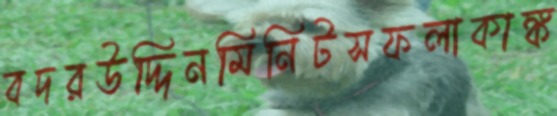
বদরউদ্দিনমিনিটসফলাকাঙ্ক